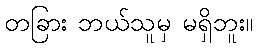
တခြား ဘယ်သူမှ မရှိဘူး။